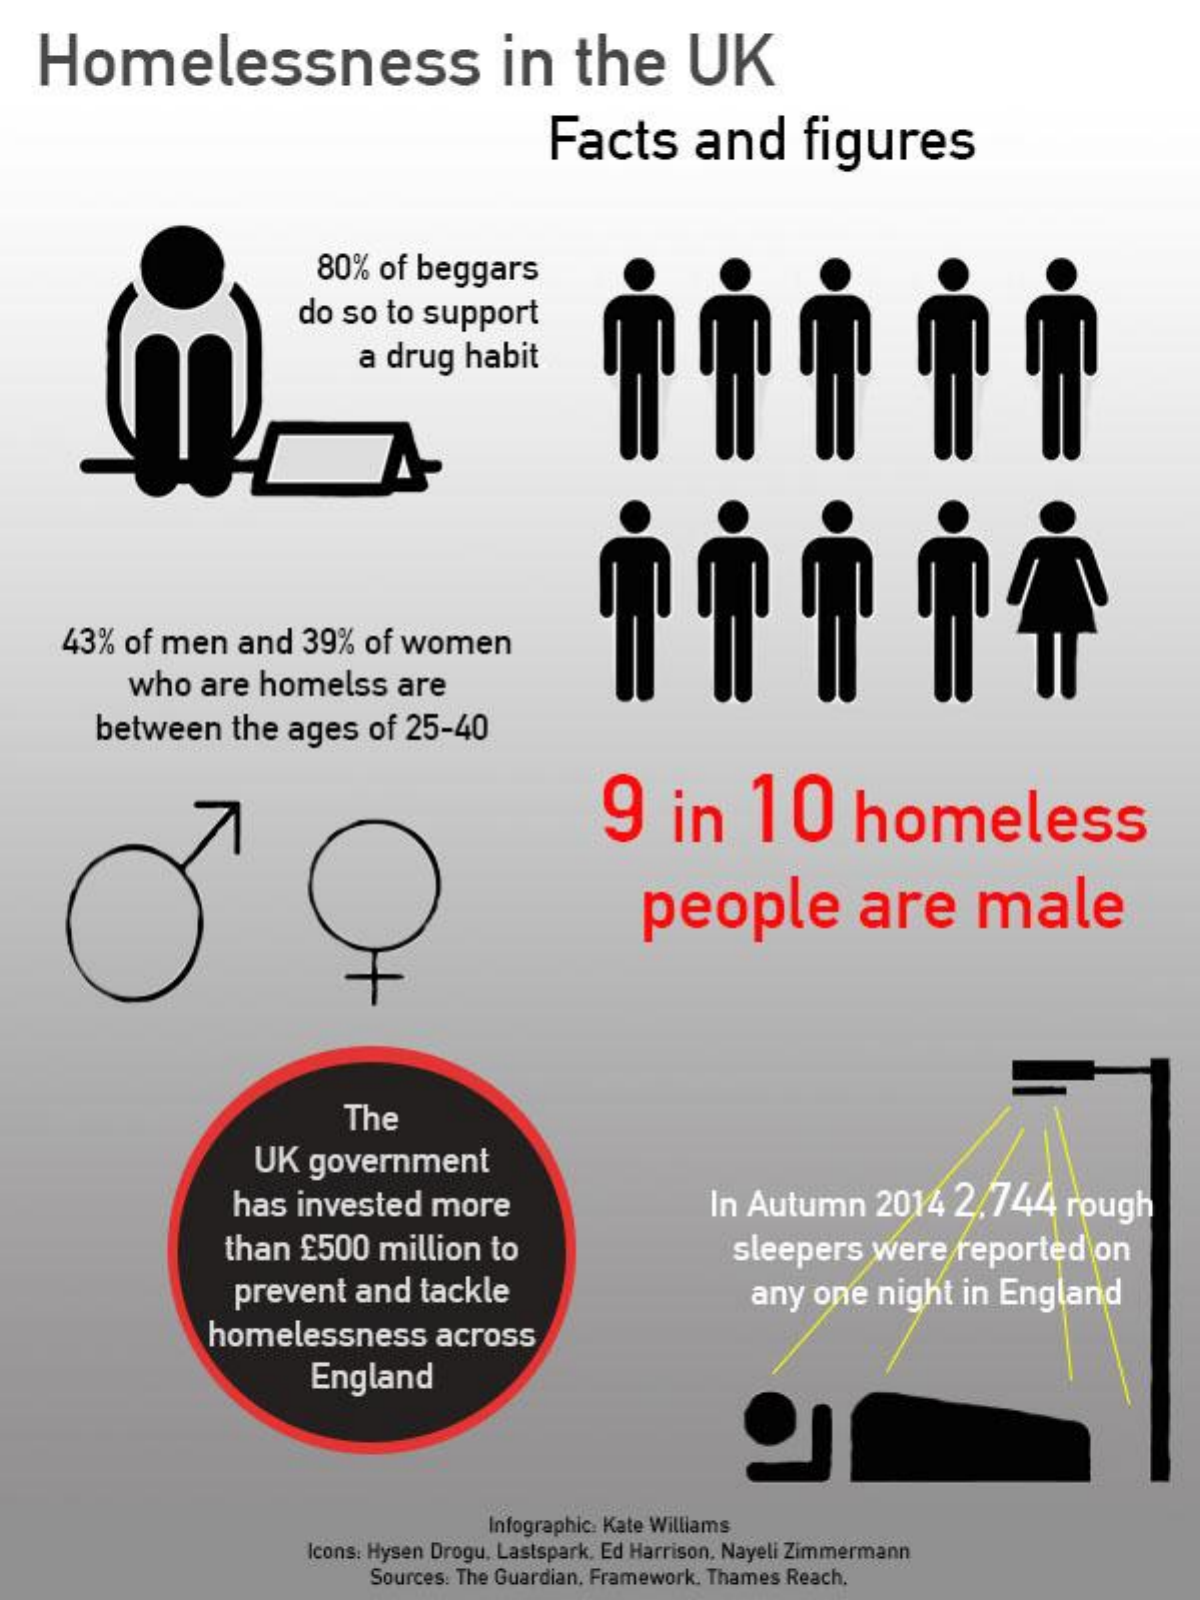
Homelessness    in    the    UK
     Facts    and    figures
     80%   of beggars
     do so  to  support
     a drug   habit
     43%  of men    and   39%   of women
     who    are  homelss    are
     between    the  ages   of 25-40
     9    in    10    homeless
     people    are    male
     The
     UK  government
     has  invested    more    In Autumn    2014   2/744    rough
     than   £500   million   to    sleepers    were   reported    on
     prevent    and   tackle    any  one   night   in England
     homelessness    across
     England
     Infographic: Kate Williams
     Icons: Hysen Drogu. Lastspark, Ed Harrison. Nayeli Zimmermann
     Sources: The Guardian, Framework. Thames Reach,